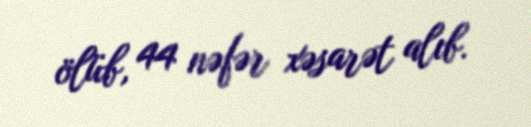
ölüb, 44 nəfər xəsarət alıb.